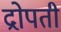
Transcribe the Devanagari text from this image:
द्रोपती